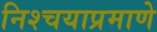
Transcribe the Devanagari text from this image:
निश्चयाप्रमाणे